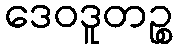
ဒေဝဒူတဉ္စ